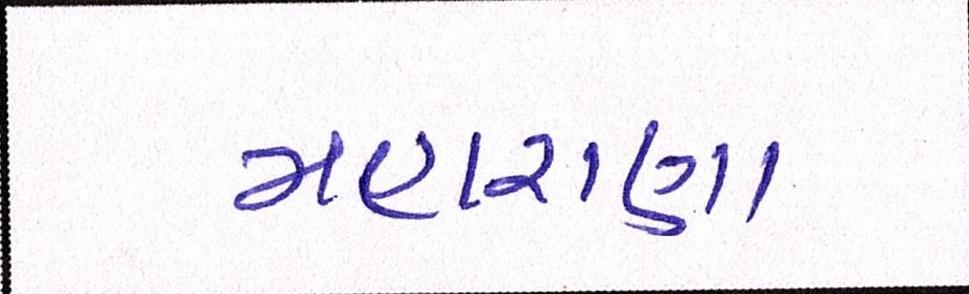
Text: મહારાણા